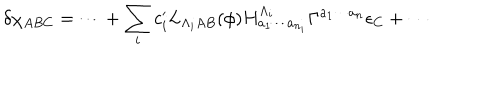
\delta \chi _ { A B C } = \cdots + \sum _ { i } c _ { i } ^ { \prime } L _ { \Lambda _ { i } A B } ( \phi ) H _ { a _ { 1 } \cdots a _ { n _ { i } } } ^ { \Lambda _ { i } } \Gamma ^ { a _ { 1 } \cdots a _ { n } } \epsilon _ { C } + \cdots